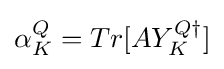
\alpha _{K}^{Q}=Tr[AY_{K}^{Q\dagger }]